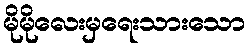
မိုမိုလေးမှရေးသားသော